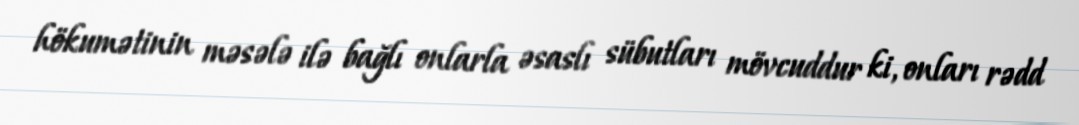
hökumətinin məsələ ilə bağlı onlarla əsaslı sübutları mövcuddur ki, onları rədd